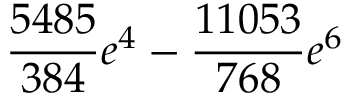
\frac { 5 4 8 5 } { 3 8 4 } e ^ { 4 } - \frac { 1 1 0 5 3 } { 7 6 8 } e ^ { 6 }